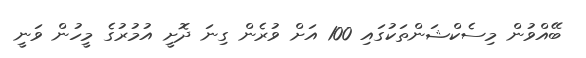
ބޭއްވުން މިސެކްޝަންތަކުގައި 100 އަށް ވުރެން ގިނަ ދޮށީ އުމުރުގެ މީހުން ވަނީ